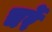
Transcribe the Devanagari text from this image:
चर्रे